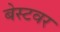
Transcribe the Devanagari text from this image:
बेस्टवर